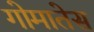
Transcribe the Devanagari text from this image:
गोमातेस